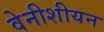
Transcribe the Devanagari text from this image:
वेनीशीयन